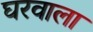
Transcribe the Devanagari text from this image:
घरवाला